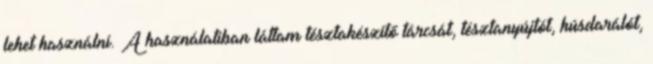
lehet használni. A használatiban láttam tésztakészítő tárcsát, tésztanyújtót, húsdarálót,